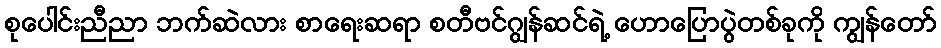
စုပေါင်းညီညာ ဘက်ဆဲလား စာရေးဆရာ စတီဗင်ဂျွန်ဆင်ရဲ့ ဟောပြောပွဲတစ်ခုကို ကျွန်တော်